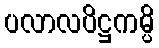
ပလာလပိဋ္ဌကမ္ပိ